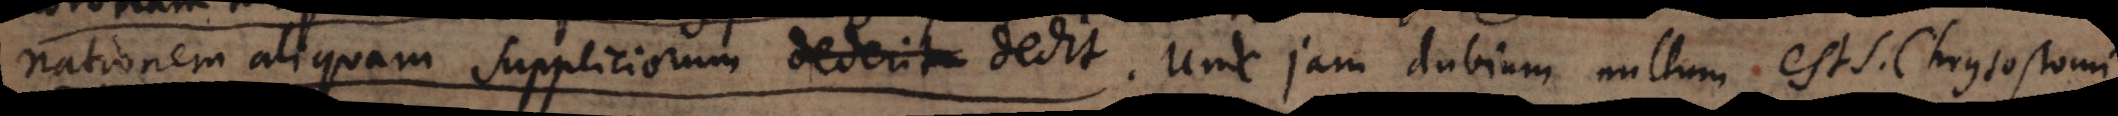
nationem aliquam suppliciorum dedit. Unde jam dubium nullum est S. Chrysostomi